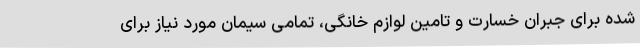
شده برای جبران خسارت و تامین لوازم خانگی، تمامی سیمان مورد نیاز برای